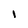
Character: I